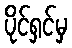
ပိုင်ရှင်မှ